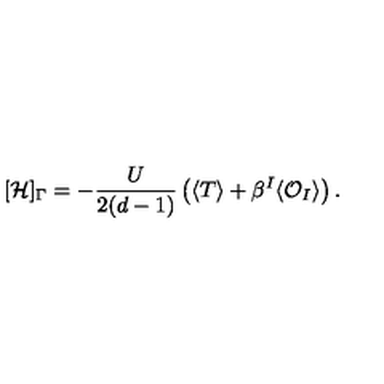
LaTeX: [ \mathcal { H } ] _ { \Gamma } = - \frac { U } { 2 ( d - 1 ) } \left( \langle T \rangle + \beta ^ { I } \langle \mathcal { O } _ { I } \rangle \right) .